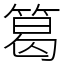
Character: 䈓